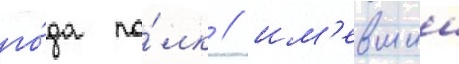
го́да по́лк / им'евшии